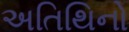
અતિથિનો